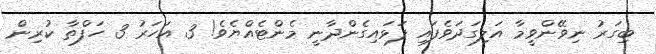
ބިގަރު ނިވޭންވީމާ އަލިގަދަވެފައި ފަޅައިގެންދާނީ މެންޓެއްޔެވެ! 3 އަހަރު 3 ހަފްތާ ކުރިން